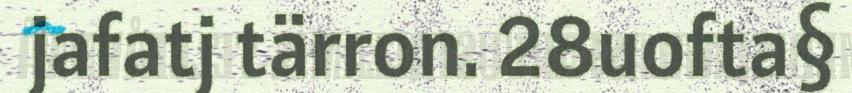
jafatj tärron. 28uofta§